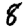
Digit: 8